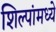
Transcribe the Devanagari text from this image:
शिल्पांमध्ये